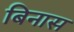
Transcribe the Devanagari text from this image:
बिनास